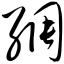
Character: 绸